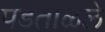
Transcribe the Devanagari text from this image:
पडताळले